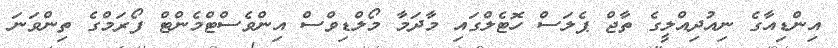
އިންޑިއާގެ ނިއުދިއްލީގެ ތާޖް ޕެލަސް ހޮޓެލްގައި މާދަމާ މޯލްޑިވްސް އިންވެސްޓްމެންޓް ފޯރަމްގެ ތިންވަނަ